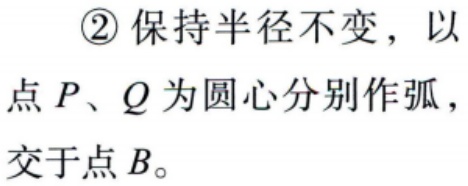
\textcircled{2} 保持半径不变，以点 \(P、Q\) 为圆心分别作弧，交于点 \(B\)。